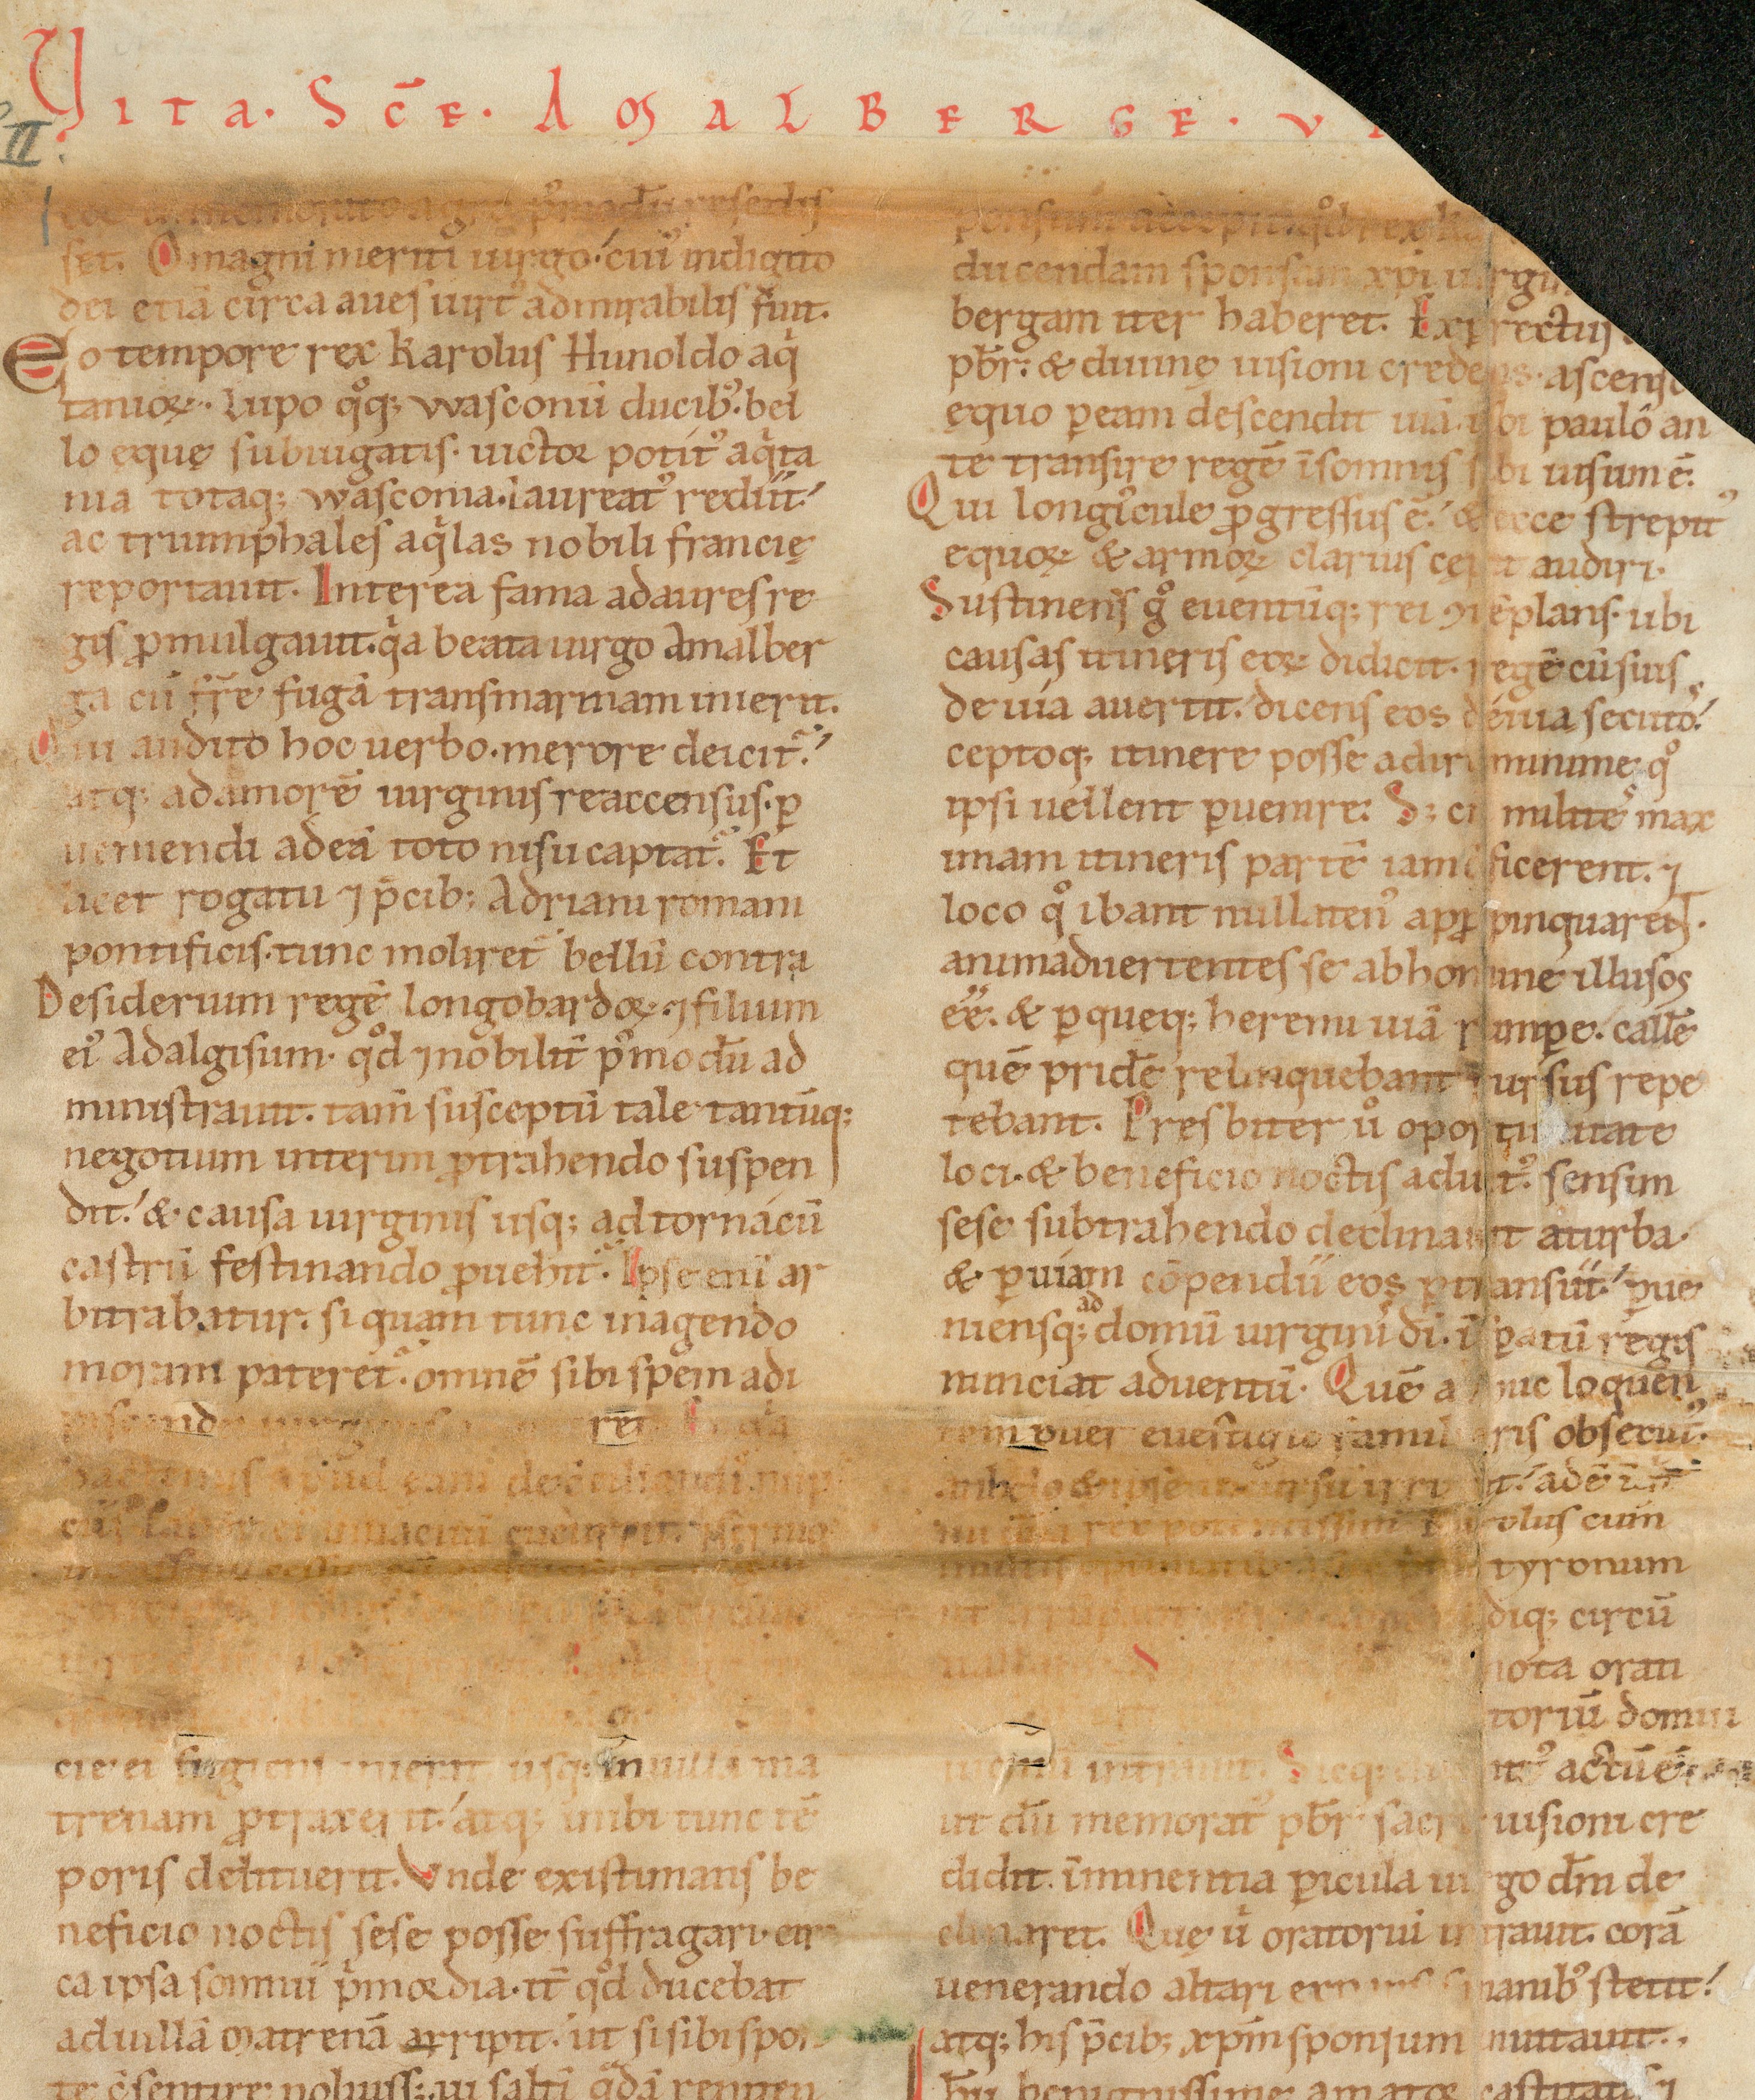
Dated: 1140–1170